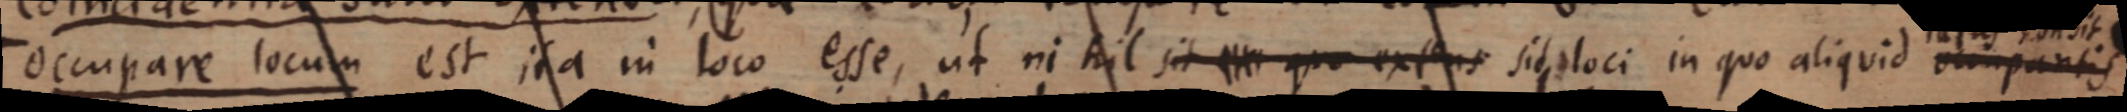
occupare locum est ita in loco esse, ut nihil sit _ qu_ extens sit loci in quo aliquid occupantis